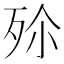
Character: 𣧠